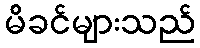
မိခင်များသည်